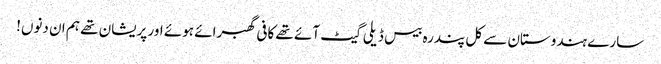
سارے ہندوستان سے کل پندرہ بیس ڈیلی گیٹ آئے تھے کافی گھبرائے ہوئے اور پریشان تھے ہم ان دنوں!